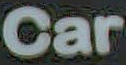
Car